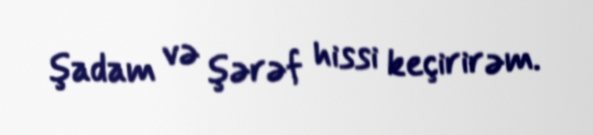
şadam və şərəf hissi keçirirəm.